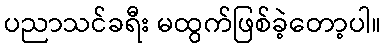
ပညာသင်ခရီး မထွက်ဖြစ်ခဲ့တော့ပါ။